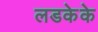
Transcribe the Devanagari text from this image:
लडकेके